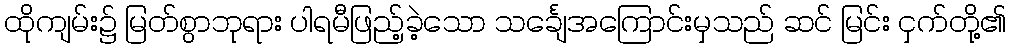
ထိုကျမ်း၌ မြတ်စွာဘုရား ပါရမီဖြည့်ခဲ့သော သင်္ချေအကြောင်းမှသည် ဆင် မြင်း ငှက်တို့၏